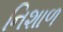
નિશાળ